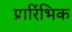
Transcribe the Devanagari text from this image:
प्रारिंभिक